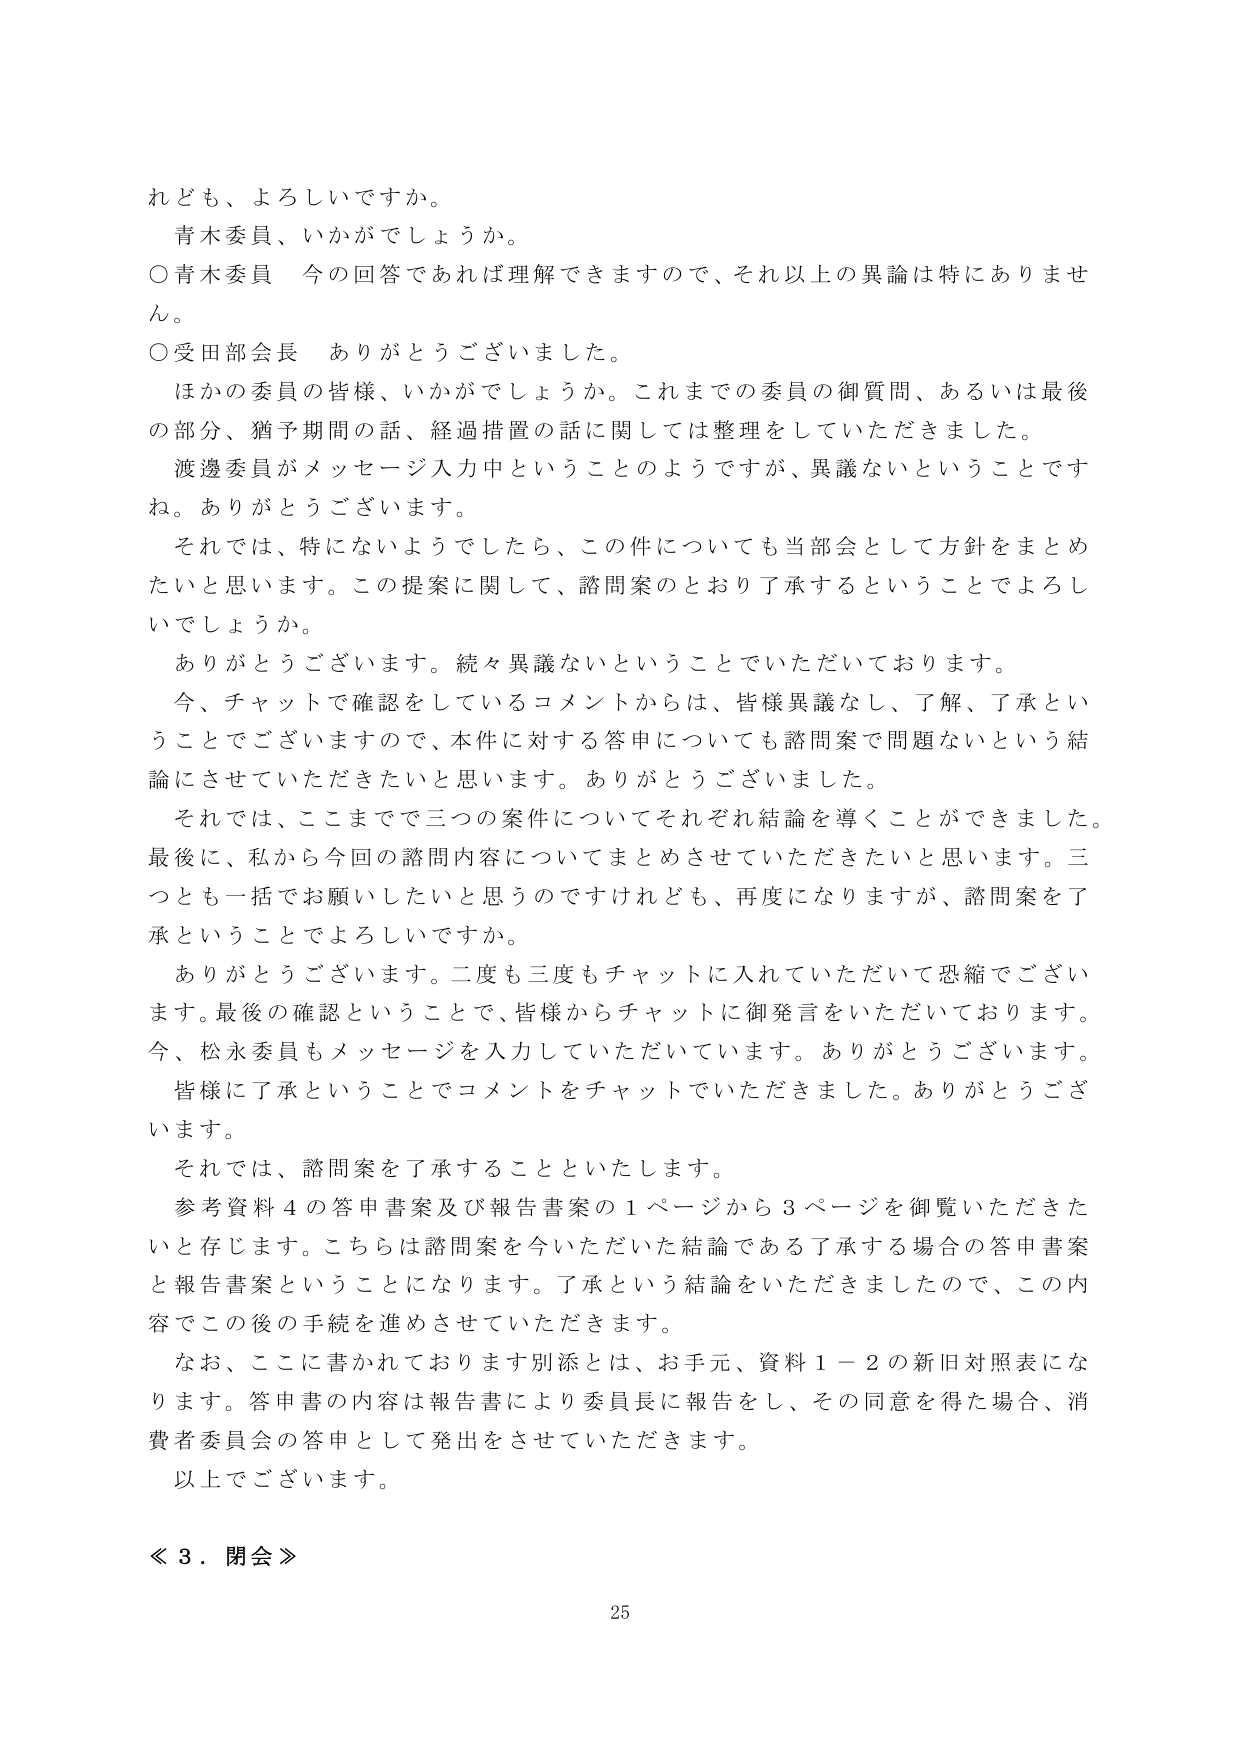
れども、よろしいですか。
青木委員、いかがでしょうか。
○青木委員　今の回答であれば理解できますので、それ以上の異論は特にありません。
○受田部会長　ありがとうございました。
ほかの委員の皆様、いかがでしょうか。これまでの委員の御質問、あるいは最後の部分、猶予期間の話、経過措置の話に関しては整理をしていただきました。
渡邊委員がメッセージ入力中ということのようですが、異議ないということですね。ありがとうございます。
それでは、特にないようでしたら、この件についても当部会として方針をまとめたいと思います。この提案に関して、諮問案のとおり了承するということでよろしいでしょうか。
ありがとうございます。続々異議ないということでいただいております。
今、チャットで確認をしているコメントからは、皆様異議なし、了解、了承ということでございますので、本件に対する答申についても諮問案で問題ないという結論にさせていただきたいと思います。ありがとうございました。
それでは、ここまでで三つの案件についてそれぞれ結論を導くことができました。最後に、私から今回の諮問内容についてまとめさせていただきたいと思います。三つとも一括でお願いしたいと思うのですけれども、再度になりますが、諮問案を了承ということでよろしいですか。
ありがとうございます。二度も三度もチャットに入れていただいて恐縮でございます。最後の確認ということで、皆様からチャットに御発言をいただいております。今、松永委員もメッセージを入力していただいています。ありがとうございます。
皆様に了承ということでコメントをチャットでいただきました。ありがとうございます。
それでは、諮問案を了承することといたします。
参考資料４の答申書案及び報告書案の１ページから３ページを御覧いただきたいと存じます。こちらは諮問案を今いただいた結論である了承する場合の答申書案と報告書案ということになります。了承という結論をいただきましたので、この内容でこの後の手続を進めさせていただきます。
なお、ここに書かれております別添とは、お手元、資料１－２の新旧対照表になります。答申書の内容は報告書により委員長に報告をし、その同意を得た場合、消費者委員会の答申として発出をさせていただきます。
以上でございます。
≪３．閉会≫
25